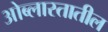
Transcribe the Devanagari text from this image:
ओब्लास्तातील